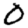
Digit: 0